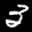
Label: 3